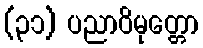
(၃၁) ပညာဝိမုတ္တော